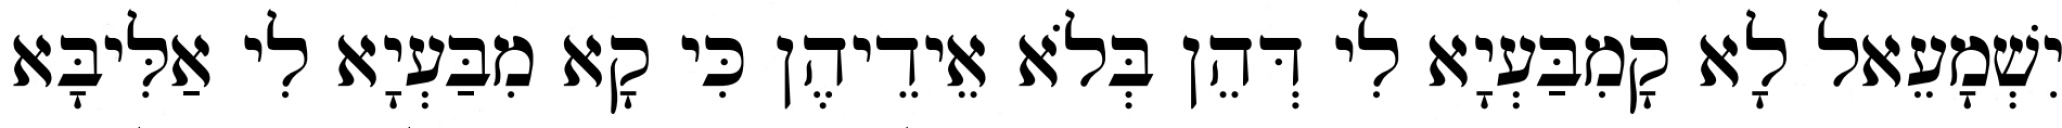
יִשְׁמָעֵאל לָא קָמִבַּעְיָא לִי דְּהֵן בְּלֹא אֵידֵיהֶן כִּי קָא מִבַּעְיָא לִי אַלִּיבָּא